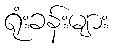
ရုံးခန်းများ